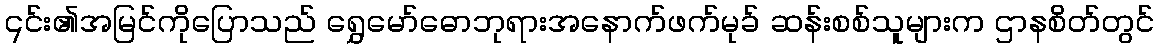
၎င်း၏အမြင်ကိုပြောသည် ရွှေမော်ဓောဘုရားအနောက်ဖက်မုခ် ဆန်းစစ်သူများက ဌာနစိတ်တွင်